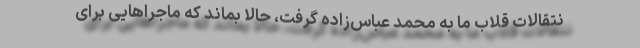
نتقالات قلاب ما به محمد عباس‌زاده گرفت، حالا بماند که ماجراهایی برای